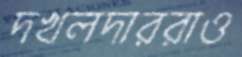
দখলদাররাও